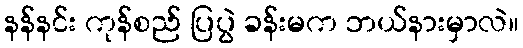
နန်နင်း ကုန်စည် ပြပွဲ ခန်းမက ဘယ်နားမှာလဲ။